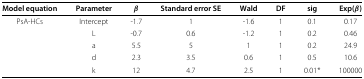
| Model equation | Parameter | β | Standard error SE | Wald | DF | sig | Exp(β) |
 | --- | --- | --- | --- | --- | --- | --- | --- |
 | PsA-HCs | Intercept | -1.7 | 1 | -1.6 | 1 | 0.1 | 0.17 |
 |  | L | -0.7 | 0.6 | -1.2 | 1 | 0.2 | 0.46 |
 |  | a | 5.5 | 5 | 1 | 1 | 0.2 | 24.9 |
 |  | d | 2.3 | 3.5 | 0.6 | 1 | 0.5 | 10.6 |
 |  | k | 12 | 4.7 | 2.5 | 1 | 0.01* | 100000 |